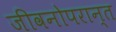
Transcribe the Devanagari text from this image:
जीवनोपरान्त